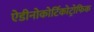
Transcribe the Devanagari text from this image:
ऐडीनोकोर्टिकोट्रोफिक